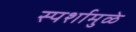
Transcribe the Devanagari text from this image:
स्पर्शामुळे